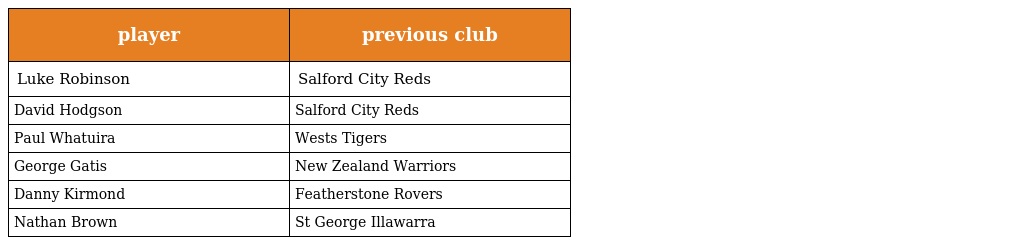
| player | previous club |
 | --- | --- |
 | Luke Robinson | Salford City Reds |
 | David Hodgson | Salford City Reds |
 | Paul Whatuira | Wests Tigers |
 | George Gatis | New Zealand Warriors |
 | Danny Kirmond | Featherstone Rovers |
 | Nathan Brown | St George Illawarra |